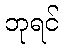
ဘုရင်